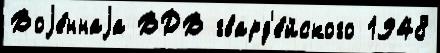
Воjе́ннаjа ВДВ гвард'е́йского 1948